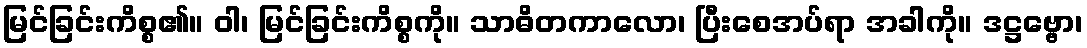
မြင်ခြင်းကိစ္စ၏။ ဝါ၊ မြင်ခြင်းကိစ္စကို။ သာဓိတကာလော၊ ပြီးစေအပ်ရာ အခါကို။ ဒဋ္ဌဗ္ဗော၊